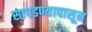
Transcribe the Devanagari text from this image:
सापडण्यापासून